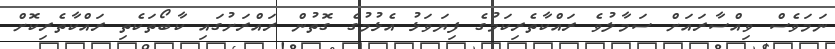
ނަަމަވެސް ވިއްސާރައަށް ސަމާލުވެ ރައްކާތެރިކަމުގެ ފިޔަވަޅު އެޅުމުގެ ގޮތުން ރައްރަށުގައި ކާބޯތަކެތި ރައްކާތެރިކޮށް